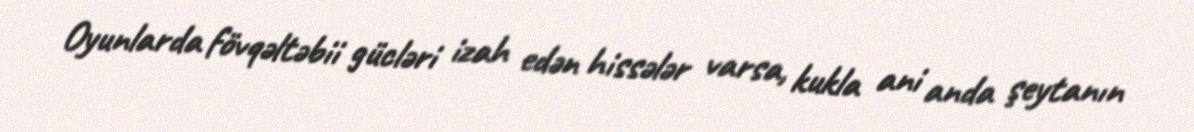
Oyunlarda fövqəltəbii gücləri izah edən hissələr varsa, kukla ani anda şeytanın